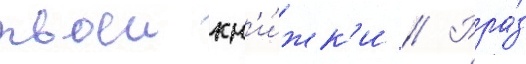
твоеи кн'и́жк'и // Рра́з